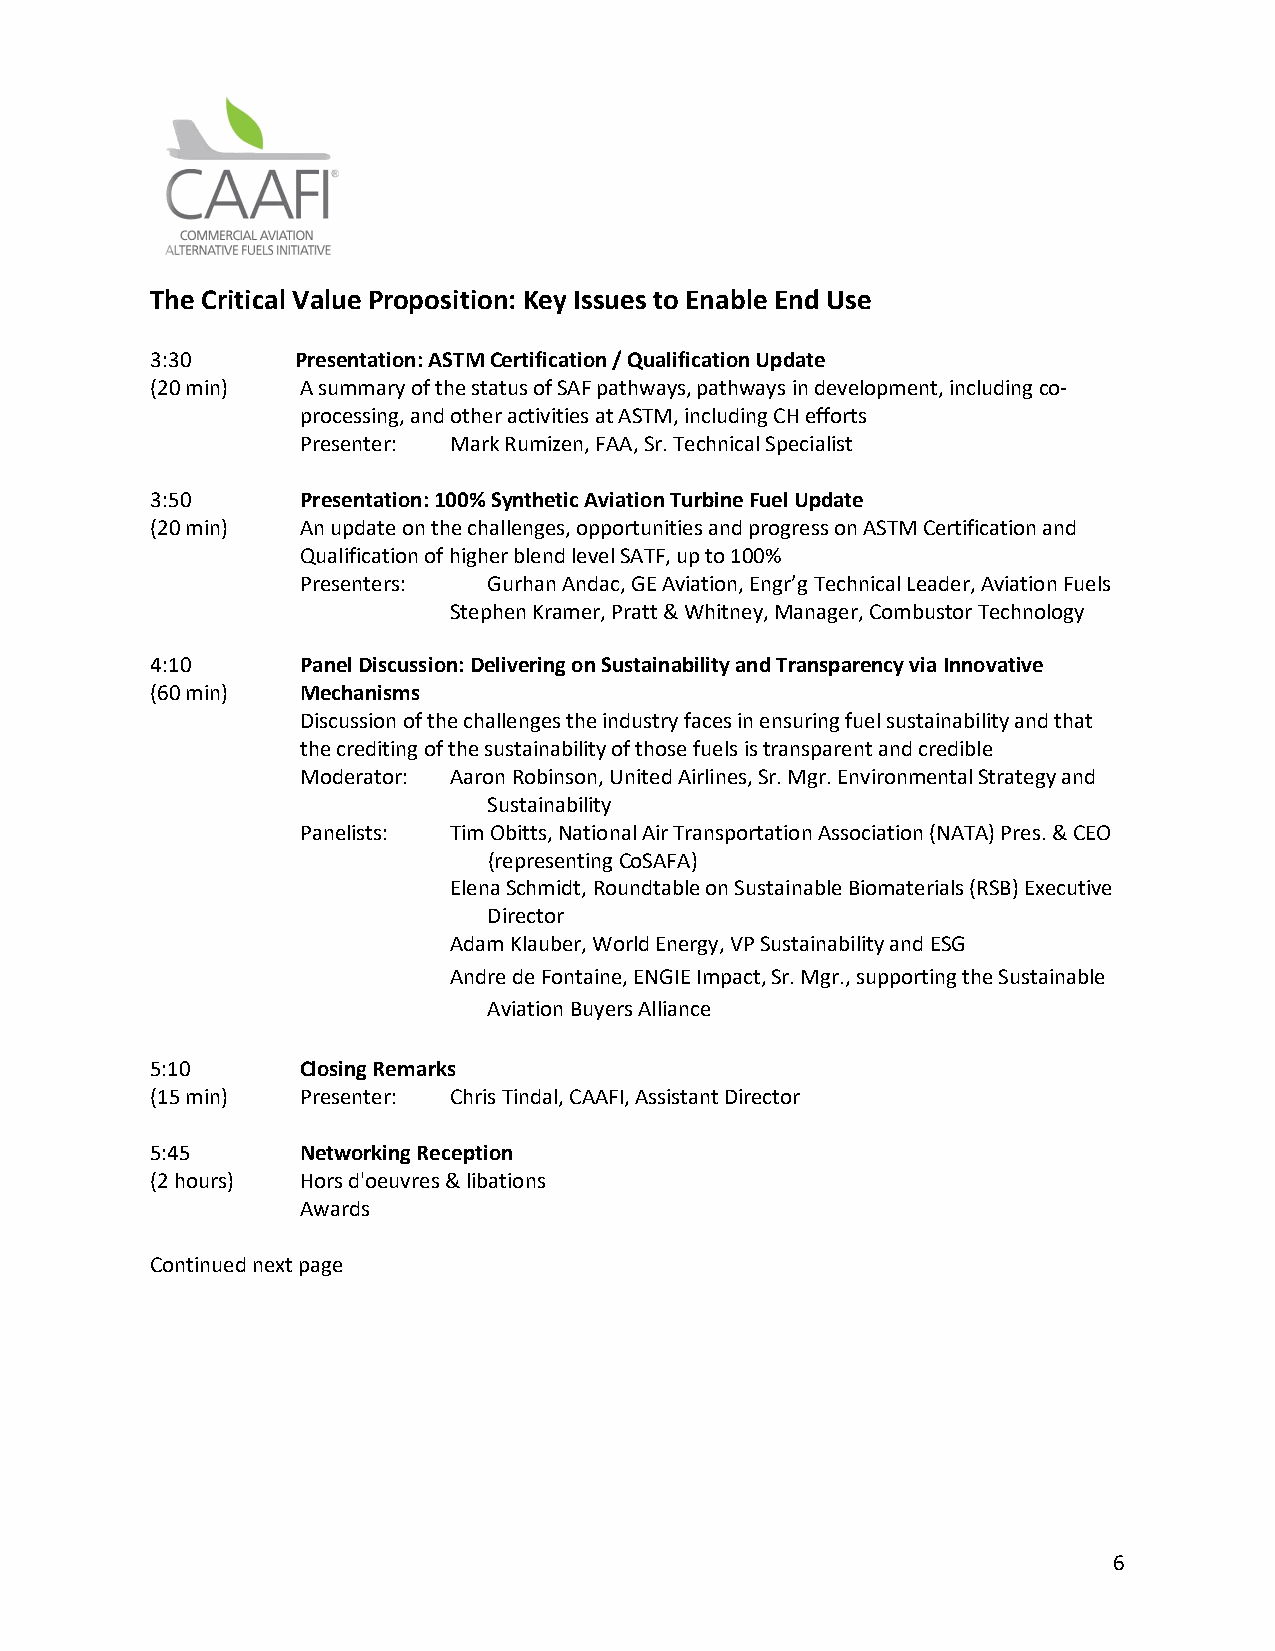
The Critical Value Proposition: Key Issues to Enable End Use
 3:30      Presentation: ASTM Certification / Qualification Update
 (20 min)  A summary of the status of SAF pathways, pathways in development, including co-
 processing, and other activities at ASTM, including CH efforts
 Presenter: Mark Rumizen, FAA, Sr. Technical Specialist
 3:50      Presentation: 100% Synthetic Aviation Turbine Fuel Update
 (20 min)  An update on the challenges, opportunities and progress on ASTM Certification and
 Qualification of higher blend level SATF, up to 100%
 Presenters: Gurhan Andac, GE Aviation, Engr’g Technical Leader, Aviation Fuels
 Stephen Kramer, Pratt & Whitney, Manager, Combustor Technology
 4:10      Panel Discussion: Delivering on Sustainability and Transparency via Innovative
 (60 min)  Mechanisms
 Discussion of the challenges the industry faces in ensuring fuel sustainability and that
 the crediting of the sustainability of those fuels is transparent and credible
 Moderator: Aaron Robinson, United Airlines, Sr. Mgr. Environmental Strategy and
 Sustainability
 Panelists: Tim Obitts, National Air Transportation Association (NATA) Pres. & CEO
 (representing CoSAFA)
 Elena Schmidt, Roundtable on Sustainable Biomaterials (RSB) Executive
 Director
 Adam Klauber, World Energy, VP Sustainability and ESG
 Andre de Fontaine, ENGIE Impact, Sr. Mgr., supporting the Sustainable
 Aviation Buyers Alliance
 5:10      Closing Remarks
 (15 min)  Presenter: Chris Tindal, CAAFI, Assistant Director
 5:45      Networking Reception
 (2 hours) Hors d'oeuvres & libations
 Awards
 Continued next page
 6